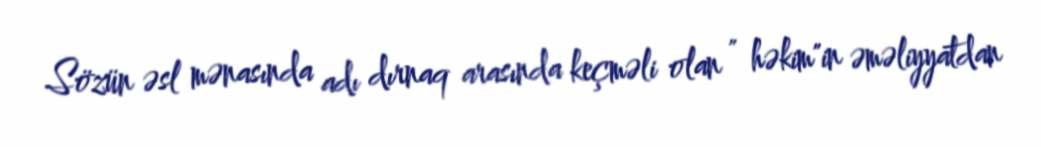
Sözün əsl mənasında adı dırnaq arasında keçməli olan " həkim"in əməliyyatdan